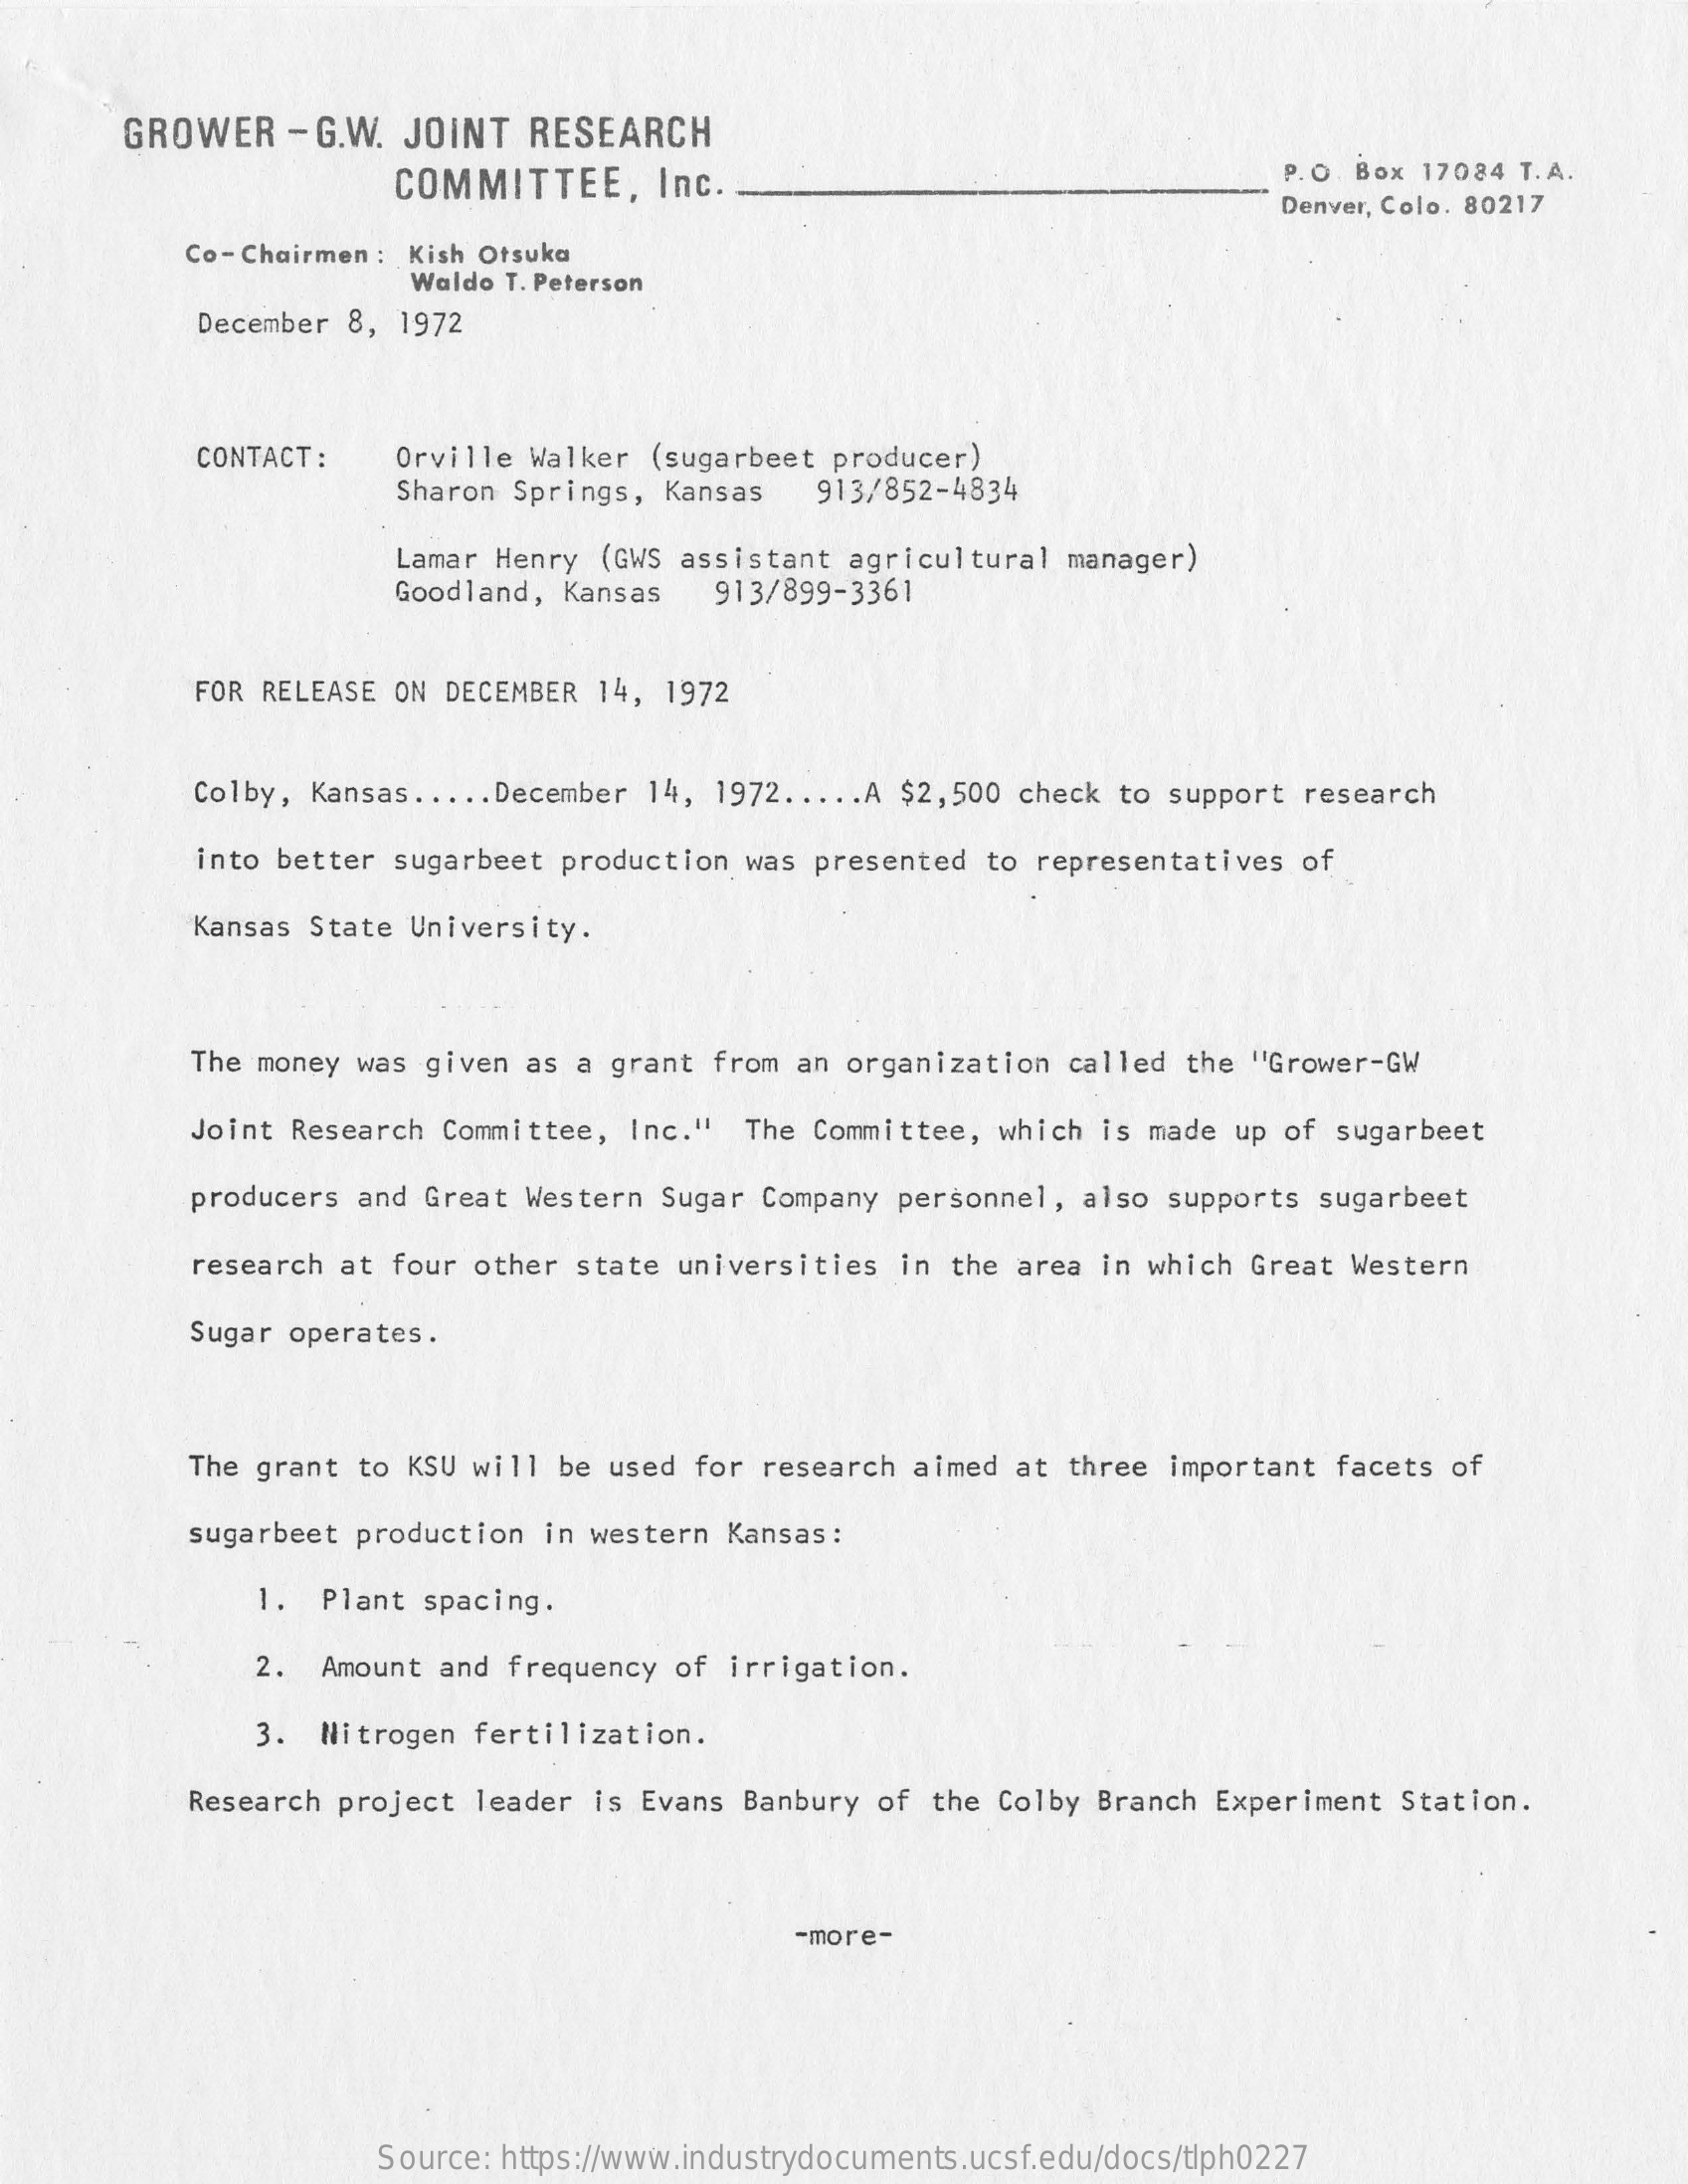
GROWER  - G.W. JOINT RESEARCH
     COMMITTEE,   Inc.    P.O. Box 17084 T. A.
     Denver, Colo. 80217
     Co- Chairmen : Kish Otsuka
     Waldo T. Peterson
     December 8, 1972
     CONTACT :  Orville Walker (sugarbeet producer)
     Sharon Springs, Kansas 913/852-4834
     Lamar Henry (GWS assistant agricultural manager)
     Goodland, Kansas 913/899-3361
     FOR RELEASE ON DECEMBER 14, 1972
     Colby, Kansas ..... December 14, 1972 ..... A $2,500 check to support research
     into better sugarbeet production was presented to representatives of
     Kansas State University.
     The money was given as a grant from an organization called the "Grower-GW
     Joint Research Committee, Inc." The Committee, which is made up of sugarbeet
     producers and Great Western Sugar Company personnel, also supports sugarbeet
     research at four other state universities in the area in which Great Western
     Sugar operates.
     The grant to KSU will be used for research aimed at three important facets of
     sugarbeet production in western Kansas:
     1. Plant spacing.
     2. Amount and frequency of irrigation.
     3. Nitrogen fertilization.
     Research project leader is Evans Banbury of the Colby Branch Experiment Station.
     -more-
     Source: https://www.industrydocuments.ucsf.edu/docs/tlph0227